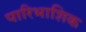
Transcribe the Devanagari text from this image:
पारिभाशिक